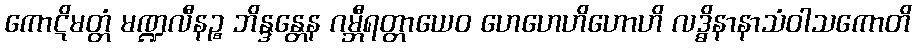
ကောဋိမတ္တံ မဏ္ဍလီနဉ္စ ဘိန္ဒန္တေန ဂမ္ဘီရတ္တာယေဝ ဟေဟေဟိဟောဟိ လဒ္ဓိနာနာသံဝါသကောတိ